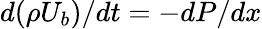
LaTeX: {d(\rho U_{b})}/{dt}=-{dP}/{dx}